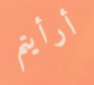
أرأيتم